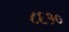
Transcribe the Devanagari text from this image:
८६१०